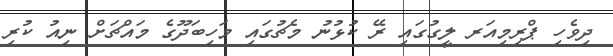
ދިވެހި ޕްރިމިއަރ ލީގުގައި ރޭ ކުޅުނު މެޗުގައި މަހިބަދޫގެ މައްޗަށް ނިއު ކުރި